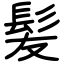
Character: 髪